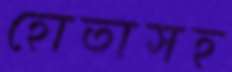
হোতাসহ